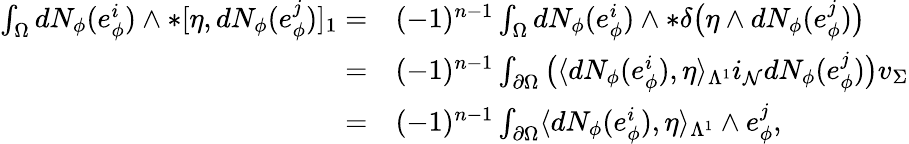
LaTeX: \begin{array}{rl}{\int_{\Omega}dN_{\phi}(e_{\phi}^{i})\wedge\ast[\eta,dN_{\phi}(e_{\phi}^{j})]_{1}=}&{{}(-1)^{n-1}\int_{\Omega}dN_{\phi}(e_{\phi}^{i})\wedge\ast\delta\big(\eta\wedge dN_{\phi}(e_{\phi}^{j})\big)}\\ {=}&{{}(-1)^{n-1}\int_{\partial\Omega}\big(\langle dN_{\phi}(e_{\phi}^{i}),\eta\rangle_{\Lambda^{1}}i_{\mathcal{N}}dN_{\phi}(e_{\phi}^{j})\big)v_{\Sigma}}\\ {=}&{{}(-1)^{n-1}\int_{\partial\Omega}\langle dN_{\phi}(e_{\phi}^{i}),\eta\rangle_{\Lambda^{1}}\wedge e_{\phi}^{j},}\end{array}